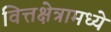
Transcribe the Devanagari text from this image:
वित्तक्षेत्रामध्ये